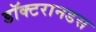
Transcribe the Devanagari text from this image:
डॉक्टरानडस